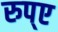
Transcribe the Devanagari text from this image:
रुप्ए